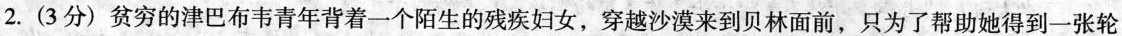
2. (3分) 贫穷的津巴布韦青年背着一个陌生的残疾妇女，穿越钞漠来到贝林面前，只为了帮助她得到一张轮